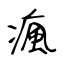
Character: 瘋